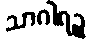
သာဂါရဉ္စ